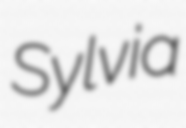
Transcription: Sylvia